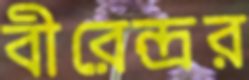
বীরেন্দ্রর